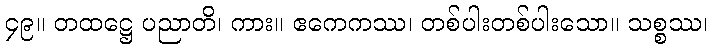
၄၉။ တထဋ္ဌေ ပညာတိ၊ ကား။ ဧကေကဿ၊ တစ်ပါးတစ်ပါးသော။ သစ္စဿ၊